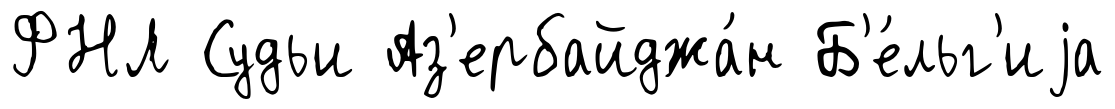
ФНЛ Судьи Аз'ербайджа́н Б'е́льг'иjа